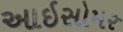
આઇસોમર